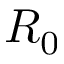
R _ { 0 }